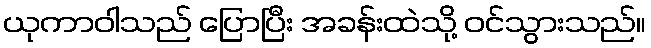
ယုကာဝါသည် ပြောပြီး အခန်းထဲသို့ ဝင်သွားသည်။